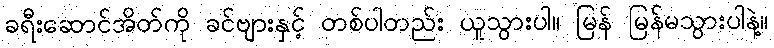
ခရီးဆောင်အိတ်ကို ခင်ဗျားနှင့် တစ်ပါတည်း ယူသွားပါ။ မြန် မြန်မသွားပါနဲ့။